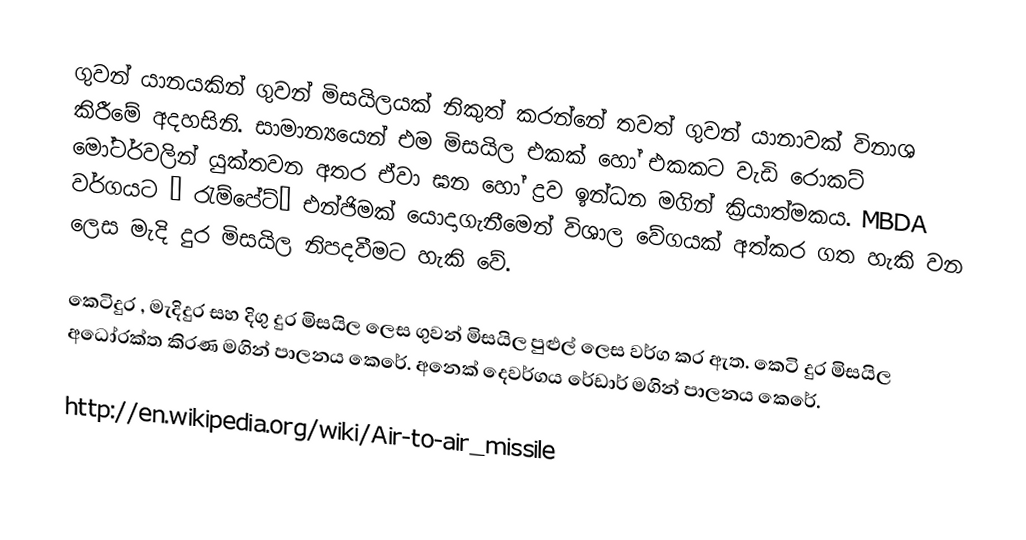
ගුවන් යානයකින් ගුවන් මිසයිලයක් නිකුත් කරන්නේ තවත් ගුවන් යානාවක් විනාශ කිරීමේ අදහසිනි‍. සාමාන්‍යයෙන් එම මිසයිල එකක් හෝ එකකට වැඩි රොකට් මෝටර්වලින් යුක්තවන අතර ඒවා ඝන හෝ ද්‍රව ඉන්ධන මගින් ක්‍රියාත්මකය. MBDA වර්ගයට “ රැම්පේට්” එන්ජිමක් යොදාගැනීමෙන් විශාල වේගයක් අත්කර ගත හැකි වන ලෙස මැදි දුර මිසයිල නිපදවීමට හැකි වේ.

කෙටිදුර , මැදිදුර සහ දිගු දුර මිසයිල ලෙස ගුවන් මිසයිල පුළුල් ලෙස වර්ග කර ඇත. කෙටි දුර මිසයිල අධෝරක්ත කිරණ මගින් පාලනය කෙරේ. අනෙක් දෙවර්ගය රේඩාර් මගින් පාලනය කෙරේ.

http://en.wikipedia.org/wiki/Air-to-air_missile